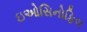
ઇઓસિનોફિલ